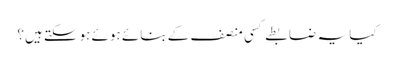
کیا یہ ضابطے کسی منصف کے بنائے ہوئے ہوسکتے ہیں؟